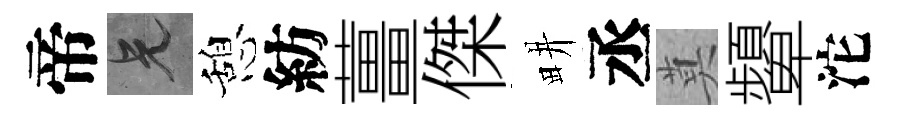
帝兄憩紡薑傑畊丞莫顰沱